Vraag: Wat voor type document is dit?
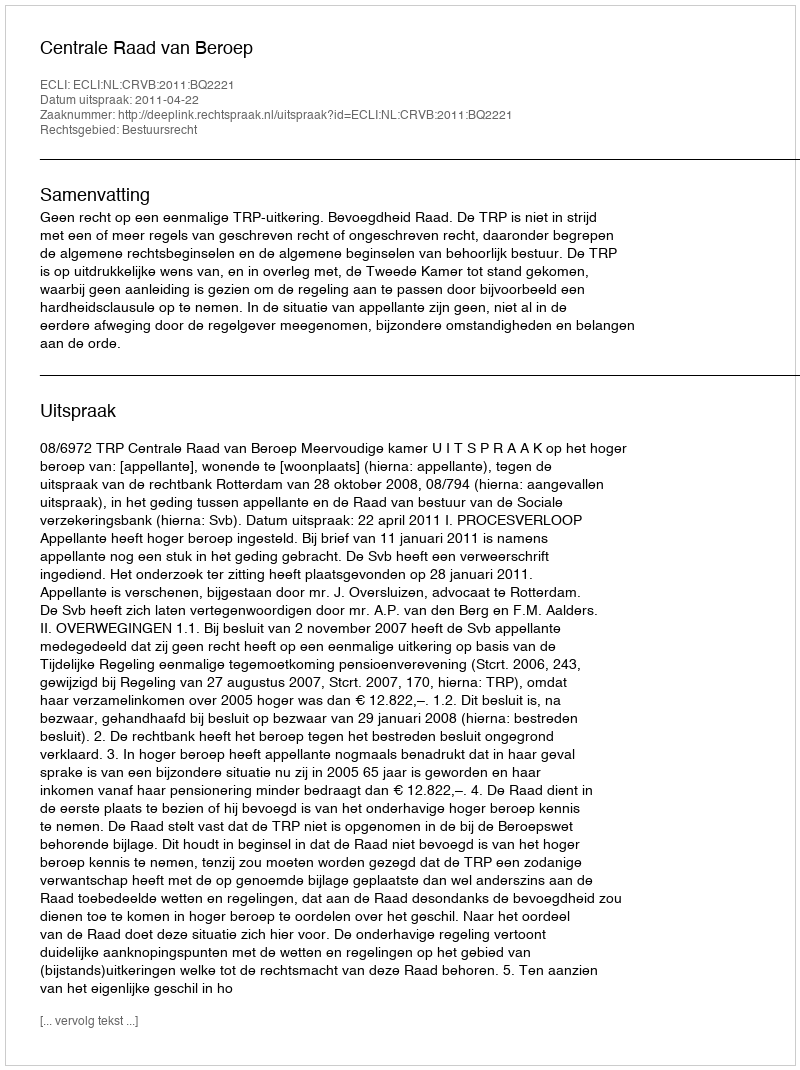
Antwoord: Uitspraak